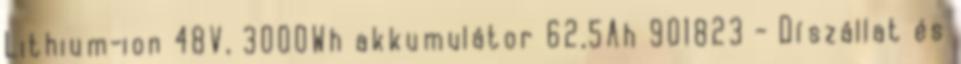
Lithium-ion 48V, 3000Wh akkumulátor 62,5Ah 901823 - Díszállat és